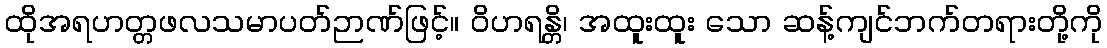
ထိုအရဟတ္တဖလသမာပတ်ဉာဏ်ဖြင့်။ ဝိဟရန္တိ၊ အထူးထူး သော ဆန့်ကျင်ဘက်တရားတို့ကို